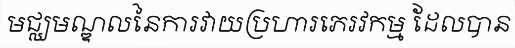
មជ្ឈមណ្ឌលនៃការវាយប្រហារភេរវកម្ម ដែលបាន